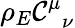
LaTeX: \rho_{E}{\cal C}_{{\, \, \, \nu}}^{\mu}